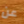
عن